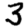
Digit: 3